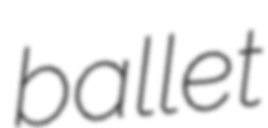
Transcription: ballet